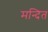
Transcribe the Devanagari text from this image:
मन्दित